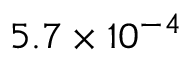
5 . 7 \times 1 0 ^ { - 4 }